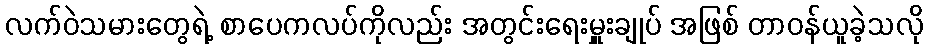
လက်ဝဲသမားတွေရဲ့ စာပေကလပ်ကိုလည်း အတွင်းရေးမှူးချုပ် အဖြစ် တာဝန်ယူခဲ့သလို